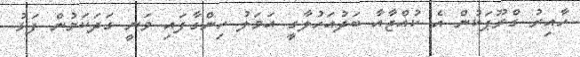
ހާއިރު ގްރޫޕަކުން އެ ކުއްޖާއާ ބަދުއަހުލާގީ އަމަލު ހިންގާފައި ވަނީ ގަދަކަމުން ފަޅު